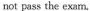
not pass the exarn